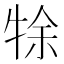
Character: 𤙛